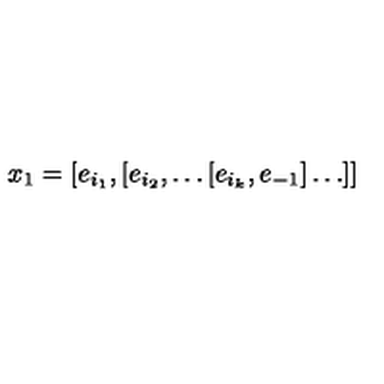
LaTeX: x _ { 1 } = [ e _ { i _ { 1 } } , [ e _ { i _ { 2 } } , \ldots [ e _ { i _ { k } } , e _ { - 1 } ] \ldots ] ]